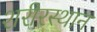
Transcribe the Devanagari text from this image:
शरीरस्थान